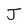
Character: J